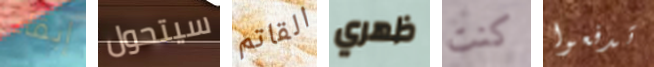
إبقاء سيتحول القاتم ظهري كنت تدفعوا